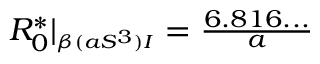
\begin{array} { r } { R _ { 0 } ^ { * } | _ { \substack { _ { \beta ( a S ^ { 3 } ) I } } } = \frac { 6 . 8 1 6 . . . } { a } } \end{array}